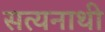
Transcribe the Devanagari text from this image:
सत्यनाथी